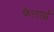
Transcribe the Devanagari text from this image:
फैलाईं